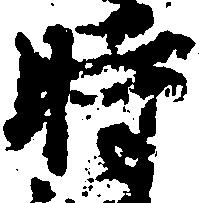
時